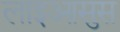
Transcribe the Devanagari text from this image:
लाइआसुस